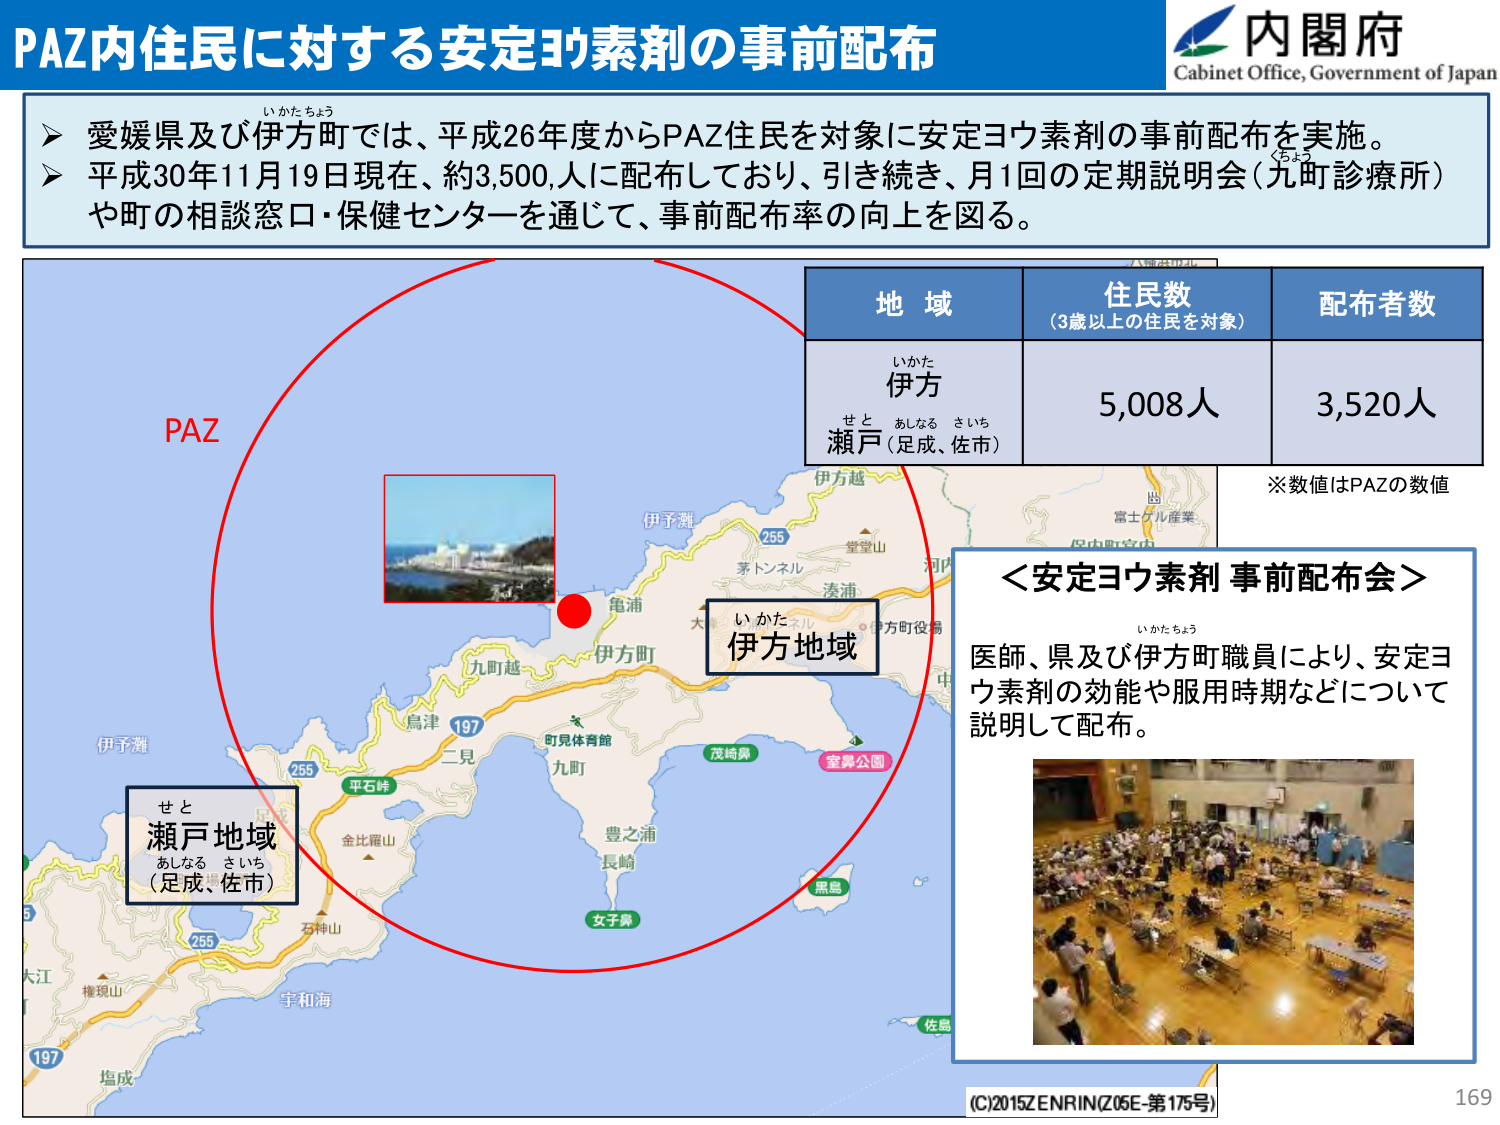
PAZ内住民に対する安定ヨウ素剤の事前配布
内閣府
Cabinet Office, Government of Japan

➤ 愛媛県及び伊方町では、平成26年度からPAZ住民を対象に安定ヨウ素剤の事前配布を実施。
➤ 平成30年11月19日現在、約3,500人に配布しており、引き続き、月1回の定期説明会（九町診療所）や町の相談窓口・保健センターを通じて、事前配布率の向上を図る。

PAZ
いかけちょう
伊方
せと あしなる さいち
瀬戸（足成、佐市）
伊方地域
い かた
伊方町
亀浦
九町越
伊予灘
255
茅トンネル
湊浦
伊方越
堂堂山
河内
富士ガル産業
保内町宮内
室戸公園
茂崎鼻
町児体育館
九町
豊之浦
長崎
女子鼻
黒島
佐島
石神山
金比羅山
平石峠
二見
鳥津
197
255
宇和海
大江
権現山
塩成
197
大
伊方町役場
中
※数値はPAZの数値

地域
住民数
（3歳以上の住民を対象）
配布者数
伊方
瀬戸（足成、佐市）
5,008人
3,520人

＜安定ヨウ素剤 事前配布会＞
いかけちょう
医師、県及び伊方町職員により、安定ヨウ素剤の効能や服用時期などについて説明して配布。

(C)2015ZENRIN(Z05E-第175号)
169